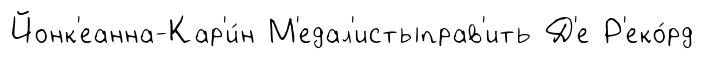
Йонк'еанна-Кар'и́н М'едал'истыправ'ить Д'е Р'еко́рд